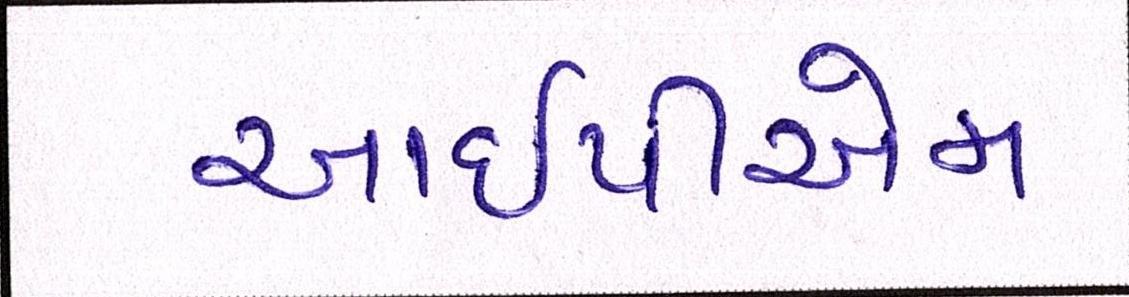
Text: આઇપીએમ